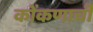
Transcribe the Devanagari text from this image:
कोंकणाची